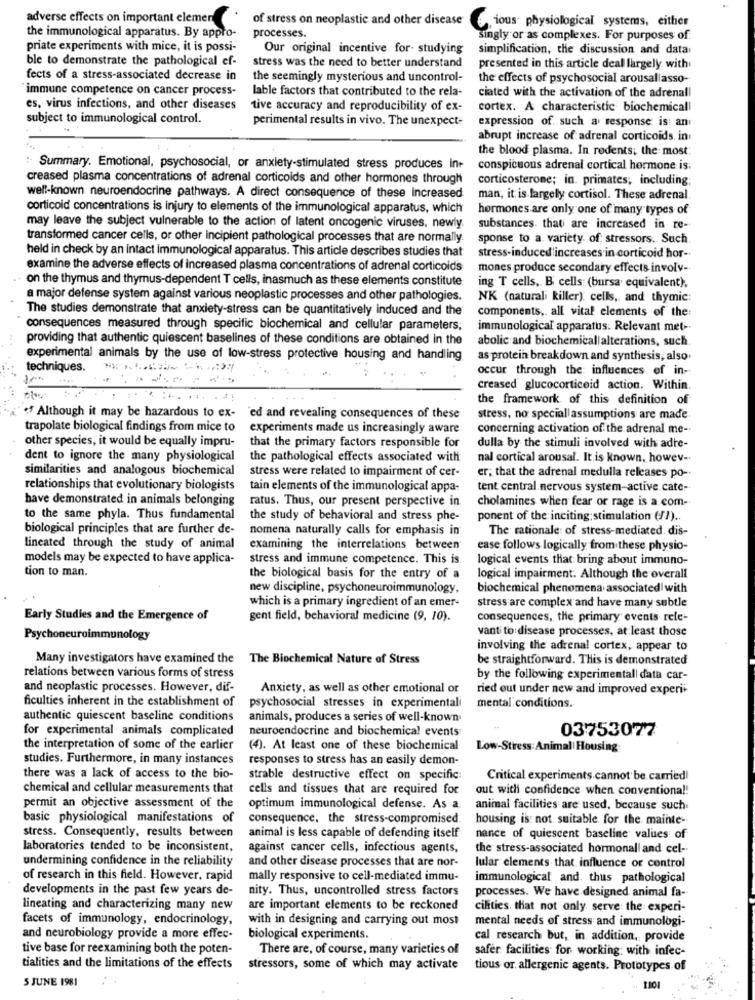
adverse effects on important elemen
of stress on neoplastic and other disease
processes.
ious physiological systems, either
the immunological apparatus. By appro-
singly or as complexes. For purposes of
priate experiments with mice, it is possi-
Our original incentive for- studying
simplification, the discussion and data
ble to demonstrate the pathological ef-
stress was the need to better understand
presented in this article deal largely with
fects of a stress-associated decrease in
the seemingly mysterious and uncontrol-
the effects of psychosocial arousallasso-
immune competence on cancer process-
lable factors that contributed to the rela-
ciated with the activation of the adrenall
es, virus infections, and other diseases
tive accuracy and reproducibility of ex-
cortex. A characteristic biochemical!
subject to immunological control.
perimental results in vivo. The unexpect-
expression of. such a response is: an
abrupt increase of adrenal corticoids in
the blood plasma. In rodents; the most:
Summary. Emotional, psychosocial, or anxiety-stimulated stress produces int
conspicuous adrenal cortical hormone is;
creased plasma concentrations of adrenal corticoids and other hormones through
corticosterome; in. primates, including;
well-known neuroendocrine pathways. A direct consequence of these increased
man, it is largely cortisol. These adrenal
corticoid concentrations is injury to elements of the immunological apparatus, which
hormones are only one of many types of
may leave the subject vulnerable to the action of latent oncogenic viruses, newly.
substances. that are increased in re-
transformed cancer cells, or other incipient pathological processes that are normally.
sponse to a. variety of: stressors. Such
held in check by an intact immunological apparatus. This article describes studies that
stress-induced increases in corticoid hor -.
examine the adverse effects of increased plasma concentrations of adrenal corticoids
mones produce secondary effects involy-
on the thymus and thymus-dependent T cells, inasmuch as these elements constitute
ing T cells, B cells: (bursa equivalent).
a major defense system against various neoplastic processes and other pathologies.
NK (naturali killer): cells, and thymic:
The studies demonstrate that anxiety-stress can be quantitatively induced and the
components ,. all vital elements of the:
consequences measured through specific biochemical and cellular parameters,
immunological apparatus: Relevant met --
providing that authentic quiescent baselines of these conditions are obtained In the
abolic and biochemicallalterations, such
experimental animals by the use of low-stress protective housing and handling
as protein breakdown and synthesis, also
techniques.
occur through the: influences of in-
creased glucocorticoid action. Within.
the framework of this definition of
. Although it may be hazardous to ex-
'ed and revealing consequences of these
stress, no speciall assumptions are made.
trapolate biological findings from mice to
experiments made us increasingly aware
concerning activation of the adrenal me -.
other species, it would be equally impru-
that the primary factors responsible for
dulla by the stimuli involved with adre-
dent to ignore the many physiological
the pathological effects associated with
nal cortical arousal. It is Known, howev -.
similarities and analogous biochemical
er; that the adrenal medulla releases po --
stress were related to impairment of cer-
relationships that evolutionary biologists
tain elements of the immunological appa-
tent central nervous system-active cate-
have demonstrated in animals belonging
ratus. Thus, our present perspective in
cholamines when fear or rage is a com-
to the same phyla. Thus fundamental
the study of behavioral and stress phe-
ponent of the inciting: stimulation (FI) ..
biological principles that are further de-
nomena naturally calls for emphasis in
The rationale of stress-mediated dis-
lineated through the study of animal
examining the interrelations between
ease follows logically from these physio-
models may be expected to have applica-
stress and immune competence. This is.
logical events that bring about immuno-
tion to man.
the biological basis for the entry of a
logical impairment. Although the overall
new discipline, psychoneuroimmunology,
biochemical phenomena associated with
which is a primary ingredient of an emer-
stress are complex and have many subtle
Early Studies and the Emergence of
gent field, behavioral medicine (9, 10).
consequences, the primary events rele-
vanti to disease processes, at least those
Psychoneuroimmunology
involving the adrenal cortex, appear to
Many investigators have examined the
The Biochemical Nature of Stress
be straightforward. This is demonstrated
relations between various forms of stress
by the following experimentall data car-
and neoplastic processes. However, dif-
Anxiety, as well as other emotional or
ried out under new and improved experi+
ficulties inherent in the establishment of
psychosocial stresses in experimentali
mental conditions.
authentic quiescent baseline conditions
animals, produces a series of well-known
for experimental animals complicated
neuroendocrine and biochemical events
03753077
the interpretation of some of the earlier
(4). At least one of these biochemical
Low-Stress: Animal| Housing
studies. Furthermore, in many instances
responses to stress has an easily demon-
there was a lack of access to the bio-
strable destructive effect on specific
Critical experiments cannot be carried!
chemical and cellular measurements that
cells and tissues that are required for
out with confidence when conventional!
permit an objective assessment of the
optimum immunological defense. As a.
animal facilities are used, because such
basic physiological manifestations of
consequence, the stress-compromised.
housing is: not suitable for the mainte-
animal is less capable of defending itself
stress. Consequently, results between
nance of quiescent baseline values of
laboratories tended to be inconsistent,
against cancer cells, infectious agents,
the stress-associated hormonal and cel-
undermining confidence in the reliability
and other disease processes that are nor-
lular elements that influence or control
of research in this field. However, rapid
mally responsive to cell-mediated immu-
immunological and, thus pathological
developments in the past few years de-
nity. Thus, uncontrolled stress factors
processes. We have designed animal fa-
lineating and characterizing many new
are important elements to be reckoned
cilities. that not only serve the experi-
facets of immunology, endocrinology,
with in designing and carrying out most
mental needs of stress and immunologi-
and neurobiology provide a more effec.
biological experiments.
cal research but, in addition, provide
tive base for reexamining both the poten-
There are, of course, many varieties of
safer facilities for working; with infec-
tialities and the limitations of the effects
stressors, some of which may activate
tious or allergenic agents. Prototypes of
5 JUNE 1981
1101